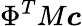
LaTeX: \Phi^{T}M\boldsymbol{c}